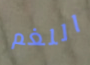
اللغم